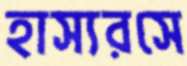
হাস্যরসে